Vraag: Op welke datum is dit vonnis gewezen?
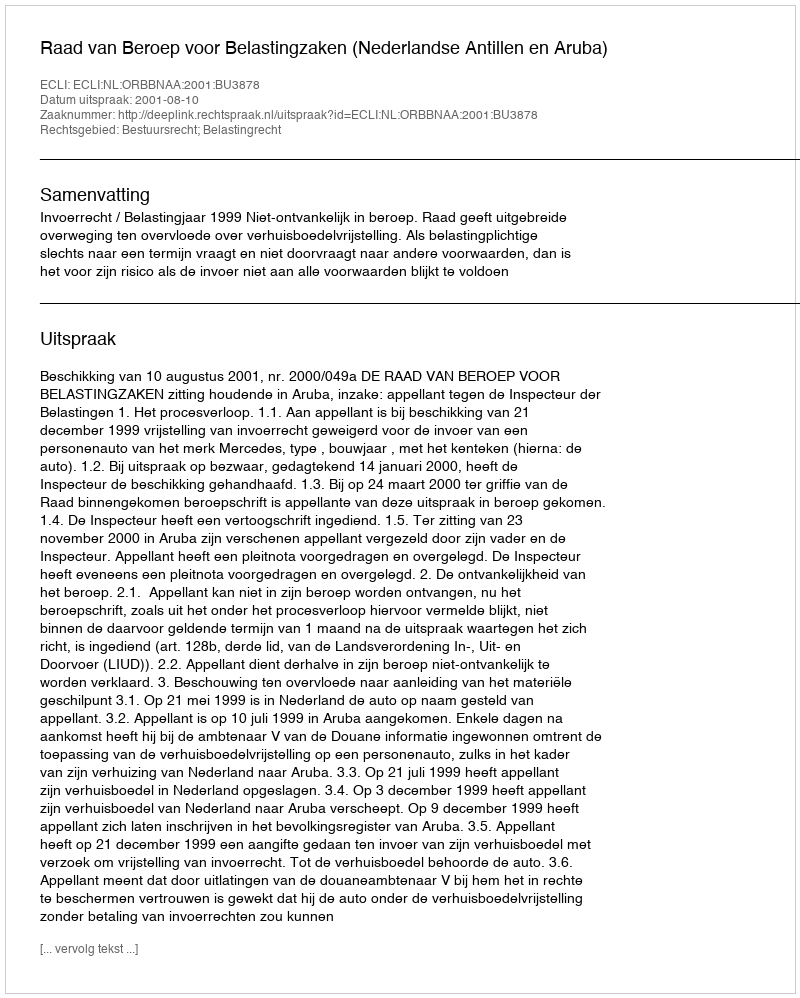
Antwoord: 2001-08-10